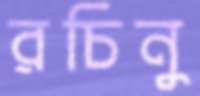
রচিনু